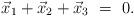
LaTeX: \begin{align*}\vec x_1+\vec x_2+\vec x_3\ =\ 0.\end{align*}